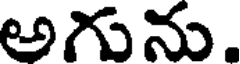
అగును.